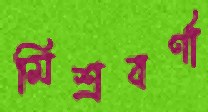
মিশ্রবর্ণা